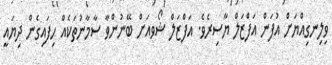
ވިލިނގިއްޔަށް އުފަން އަފްޒަލް ޔާސިރެވެ. އަފްޒަލް ޝޯވއަށް ބޭނުންވާ ސާމާނުތަކެއް ހިފައިގެން ދިޔައީ